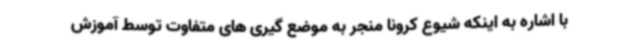
با اشاره به اینکه شیوع کرونا منجر به موضع گیری های متفاوت توسط آموزش